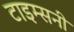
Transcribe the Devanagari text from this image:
टाइम्सनी